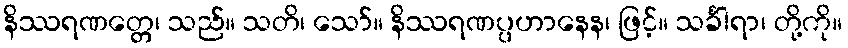
နိဿရဏတ္တေ၊ သည်။ သတိ၊ သော်။ နိဿရဏပ္ပဟာနေန၊ ဖြင့်။ သင်္ခါရာ၊ တို့ကို။